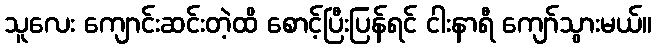
သူလေး ကျောင်းဆင်းတဲ့ထိ စောင့်ပြီးပြန်ရင် ငါးနာရီ ကျော်သွားမယ်။